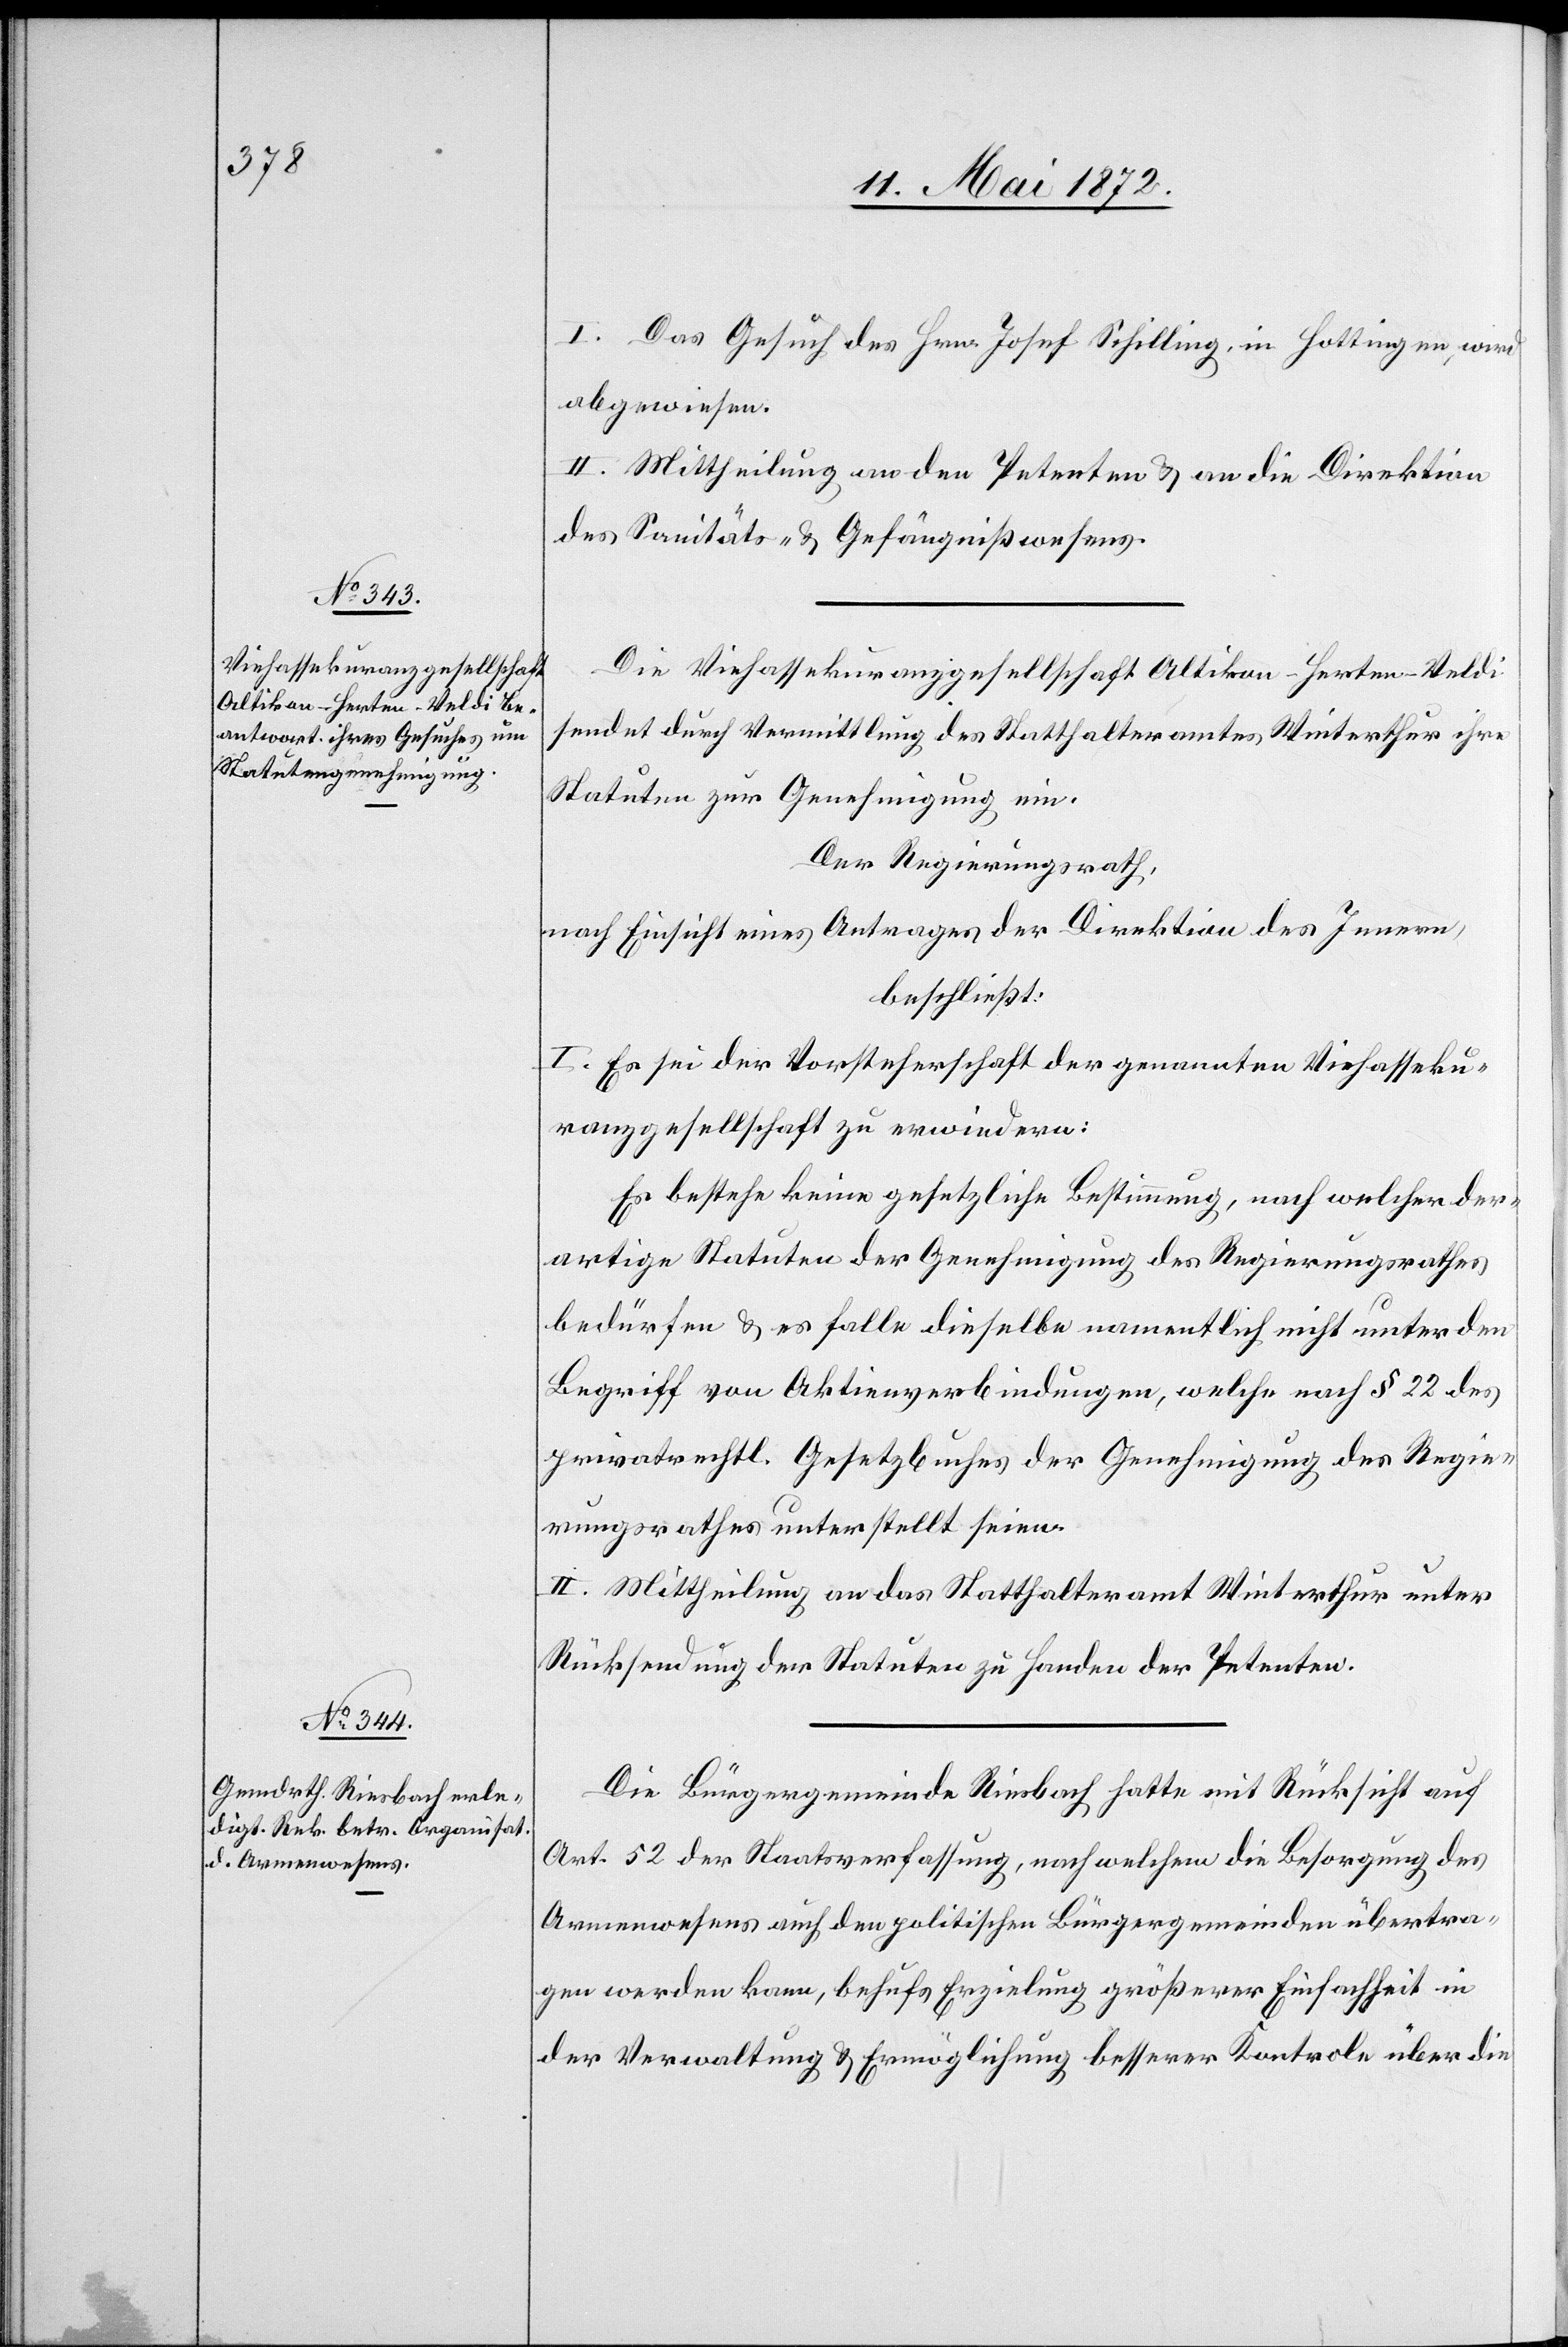
I. Das Gesuch des Hrn. Josef Schilling, in Hottingen, wird
abgewiesen.
II. Mittheilung an den Petent u. an die Direktion
des Sanitäts- u. Gefängnißwesens.
Die Viehassekuranzgesellschaft Altikon-Herten-Veldi
sendet durch Vermittlung des Statthalteramtes Winterthur ihre
Statuten zur Genehmigung ein.
Der Regierungsrath,
nach Einsicht eines Antrages der Direktion des Innern,
beschließt:
I. Es sei der Vorsteherschaft der genannten Viehasseku¬
ranzgesellschaft zu erwiedern:
Es bestehe keine gesetzliche Bestimmung, nach welcher der¬
artige Statuten der Genehmigung des Regierungsrathes
bedürfen u. es falle dieselbe namentlich nicht unter den
Begriff von Aktienverbindungen, welche nach § 22 des
privatrechtl. Gesetzbuches der Genehmigung des Regie¬
rungsrathes unterstellt seien.
II. Mittheilung an das Statthalteramt Winterthur unter
Rücksendung der Statuten zu Handen der Petenten.
Die Bürgergemeinde Riesbach hatte mit Rücksicht auf
Art. 52 der Staatsverfassung, nach welchem die Besorgung des
Armenwesens auch den politischen Bürgergemeinden übertra¬
gen werden kann, behufs Erzielung größerer Einfachheit in
der Verwaltung u. Ermöglichung besserer Kontrole über die